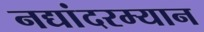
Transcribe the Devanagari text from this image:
नद्यांदरम्यान